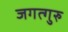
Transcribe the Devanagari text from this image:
जगत्गुरु